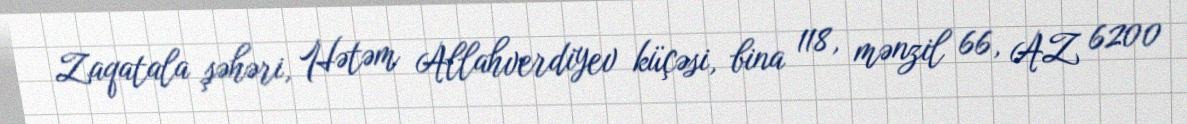
Zaqatala şəhəri, Hətəm Allahverdiyev küçəsi, bina 118, mənzil 66, AZ 6200